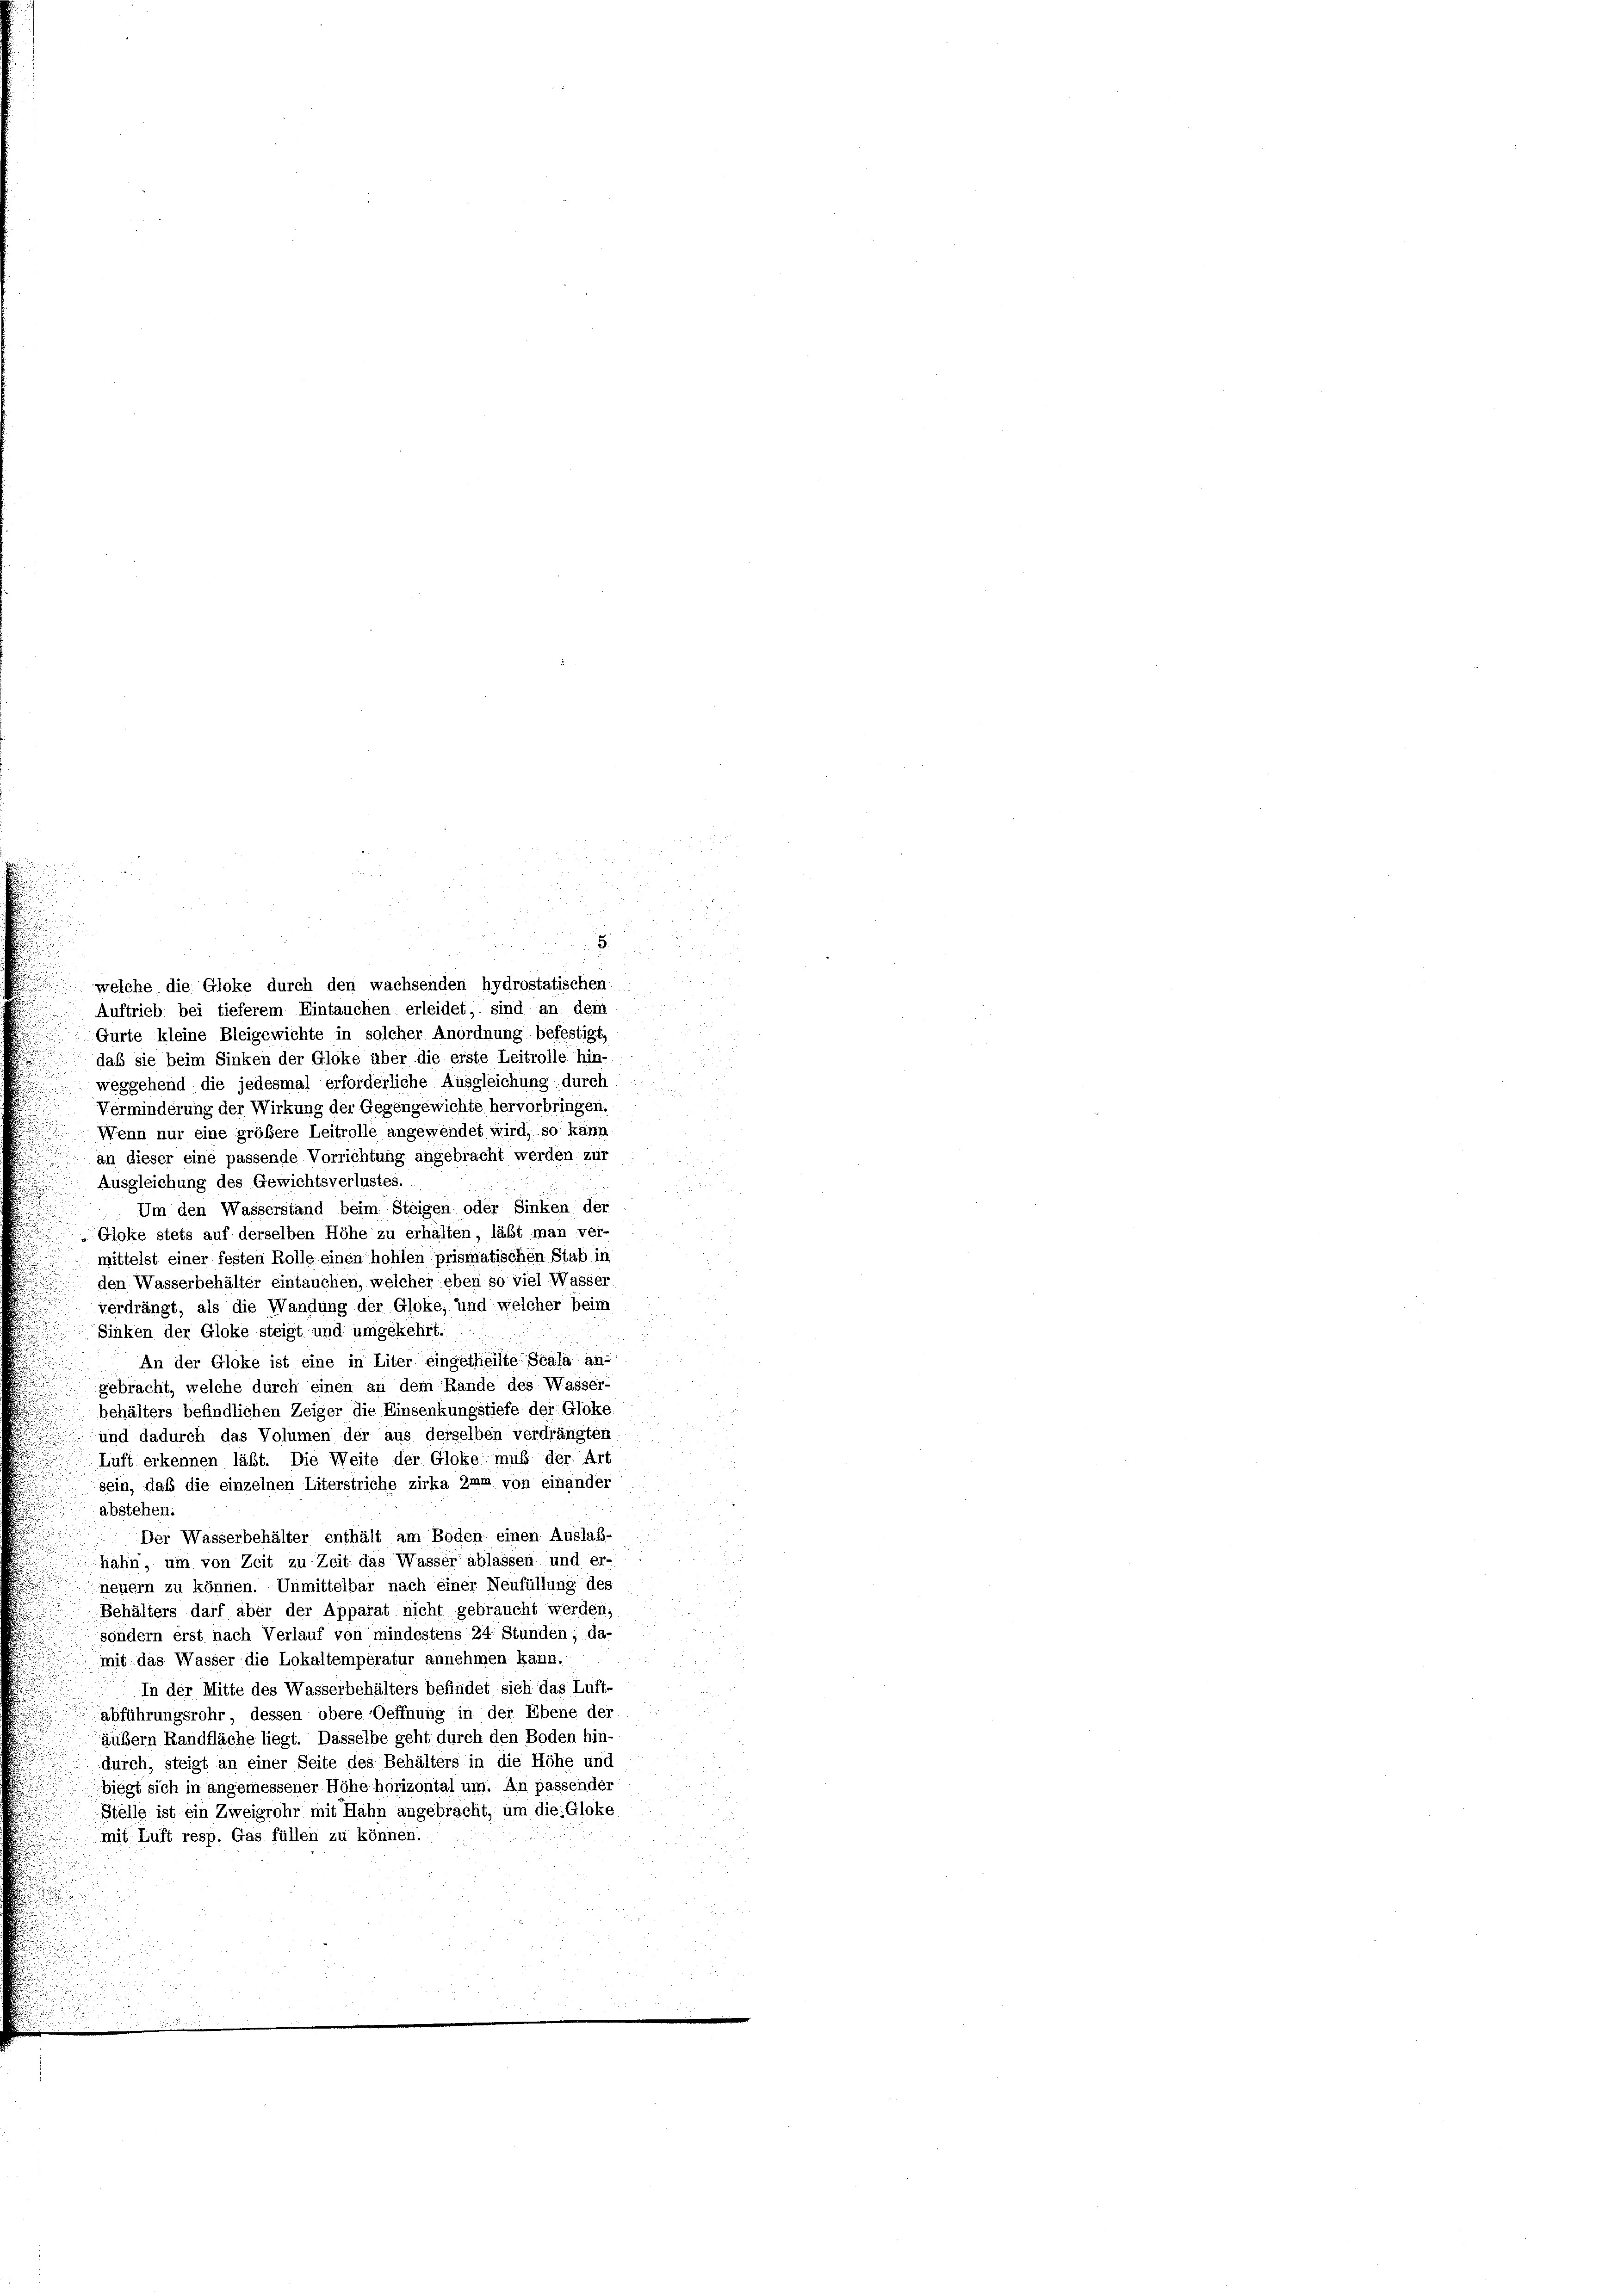
welche die Gloke durch den wachsenden hydrostatischen
Auftrieb bei tieferem Eintauchen erleidet, sind an dem
Gurte kleine Bleigewichte in solcher Anordnung befestigt,
daß sie beim Sinken der Gloke über die erste Leitrolle hin-
weggehend die jedesmal erforderliche Ausgleichung durch
Verminderung der Wirkung der Gegengewichte hervorbringen.
Wenn nur eine größere Leitrolle angewendet wird, so kann
an dieser eine passende Vorrichtung angebracht werden zur
Ausgleichung des Gewichtsverlustes.
Um den Wasserstand beim Steigen oder Sinken der
Gloke stets auf derselben Höhe zu erhalten, läßt man ver-
mittelst einer festen Rolle einen hohlen prismatischen Stab in
den Wasserbehälter eintauchen, welcher eben so viel Wasser
verdrängt, als die Wandung der Gloke, und welcher beim
Sinken der Gloke steigt und umgekehrt.

An der Gloke ist eine in Liter eingetheilte Scala an-
gebracht, welche durch einen an dem Rande des Wasser-
behälters befindlichen Zeiger die Einsenkungstiefe der Gloke
und dadurch das Volumen der aus derselben verdrängten
Luft erkennen läßt. Die Weite der Gloke muß der Art
sein, daß die einzelnen Literstriche zirka imm von einander
abstehen.
Der Wasserbehälter enthält am Boden einen Auslab-
hähn, um von Zeit zu Zeit das Wasser ablassen und er-
neuern zu können. Unmittelbar nach einer Neufüllung des
Behälters darf aber der Apparat nicht gebraucht werden,
sondern erst nach Verlauf von mindestens 24 Stunden; da-
mit das Wasser die Lokaltemperatur annehmen kann.
In der Mitte des Wasserbehälters befindet sich das Luft-
abführungsrohr, dessen obere Oeffnung in der Ebene der
äußern Randfläche liegt. Dasselbe geht durch den Boden hin-
durch, steigt an einer Seite des Behälters in die Höhe und
biegt sich in angemessener Höhe horizontal um. An passender
Stelle ist ein Zweigrohr mit Hahn angebracht, um die Gloke
mit Luft resp. Gas füllen zu können.